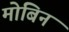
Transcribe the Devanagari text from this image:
मोबिन